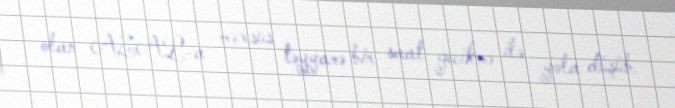
olan AZAL-a məxsus təyyarə bir saat gecikmə ilə yola düşüb.